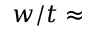
w / t \approx